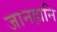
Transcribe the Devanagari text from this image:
जानहानि